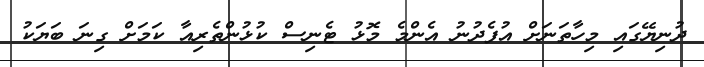
ދުނިޔޭގައި މިހާތަނަށް އުފެދުނު އެންމެ މޮޅު ޓެނިސް ކުޅުންތެރިއާ ކަަމަށް ގިނަ ބަޔަކު